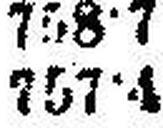
757•4